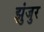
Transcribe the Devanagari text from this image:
झुंजुर